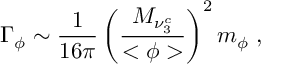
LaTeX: \Gamma _ { \phi } \sim \frac { 1 } { 1 6 \pi } \left( \frac { M _ { \nu _ { 3 } ^ { c } } } { < \phi > } \right) ^ { 2 } m _ { \phi } \; ,